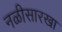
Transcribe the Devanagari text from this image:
नळीसारखा